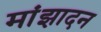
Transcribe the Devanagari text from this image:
मांझादन